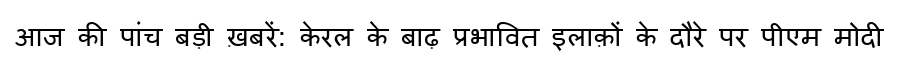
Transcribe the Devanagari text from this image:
आज की पांच बड़ी ख़बरें: केरल के बाढ़ प्रभावित इलाक़ों के दौरे पर पीएम मोदी